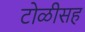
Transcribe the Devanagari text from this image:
टोळीसह